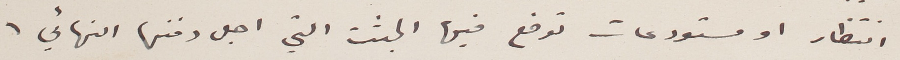
انتظار او مستودعات توضع فيها الجثث التي اجل دفنها النهائي.